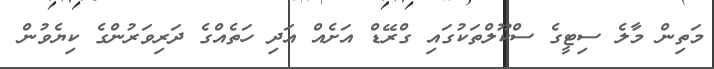
މަތިން މާލެ ސިޓީގެ ސްކޫލްތަކުގައި ގްރޭޑް އަށެއް އަދި ހަތެއްގެ ދަރިވަރުންގެ ކިޔެވުން